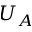
U _ { A }